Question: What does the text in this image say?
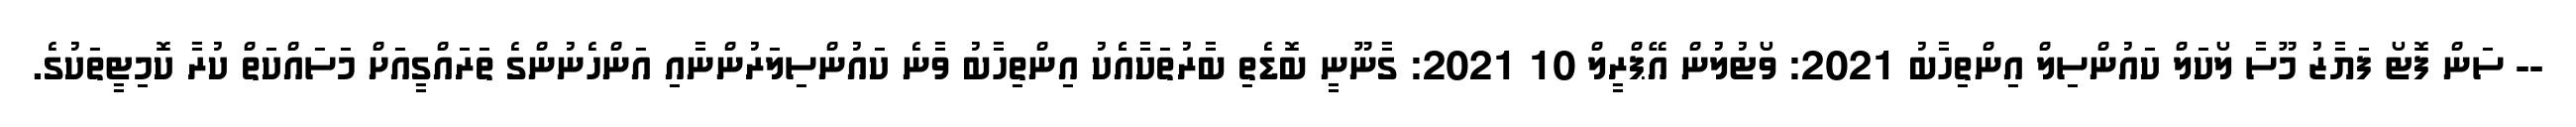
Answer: -- ސަން ފޮޓޯ ފަޔާޒު މޫސާ ލޯކަލް ކައުންސިލް އިންތިހާބު 2021: ވޯޓުލުން އޭޕްރީލް 10 2021: ގާނޫނީ ބޮޑެތި ބާރުތަކާއެެކު އިންތިހާބު ވާނެ ކައުންސިލަރުންނާއި އަންހެނުންގެ ތަރައްގީއަށް މަސައްކަތް ކުރާ ކޮމިޓީތަކުގެ.